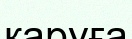
қаруға